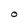
Character: O